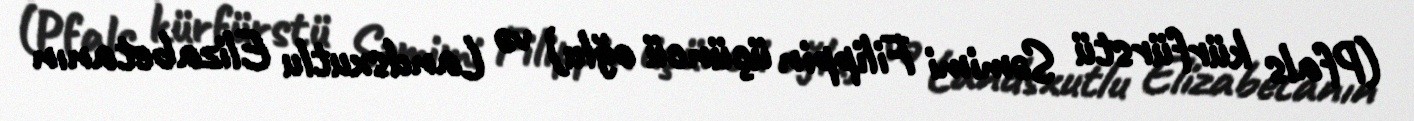
(Pfals kürfürstü Səmimi Filippin üçüncü oğlu) və Landsxutlu Elizabetanın